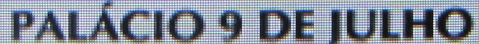
PALACIO 9 DE JULHO